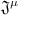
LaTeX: { \mathfrak { J } } ^ { \mu }